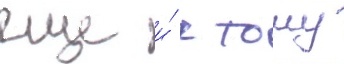
еще и́ к тому